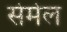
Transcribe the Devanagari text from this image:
सेमेल